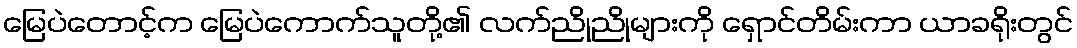
မြေပဲတောင့်က မြေပဲကောက်သူတို့၏ လက်ညိုညိုများကို ရှောင်တိမ်းကာ ယာခရိုးတွင်